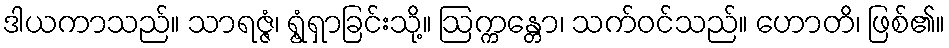
ဒါယကာသည်။ သာရဇ္ဇံ၊ ရွံ့ရှာခြင်းသို့။ ဩက္ကန္တော၊ သက်ဝင်သည်။ ဟောတိ၊ ဖြစ်၏။